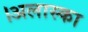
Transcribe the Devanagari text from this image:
।अलास्का